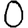
Digit: 0